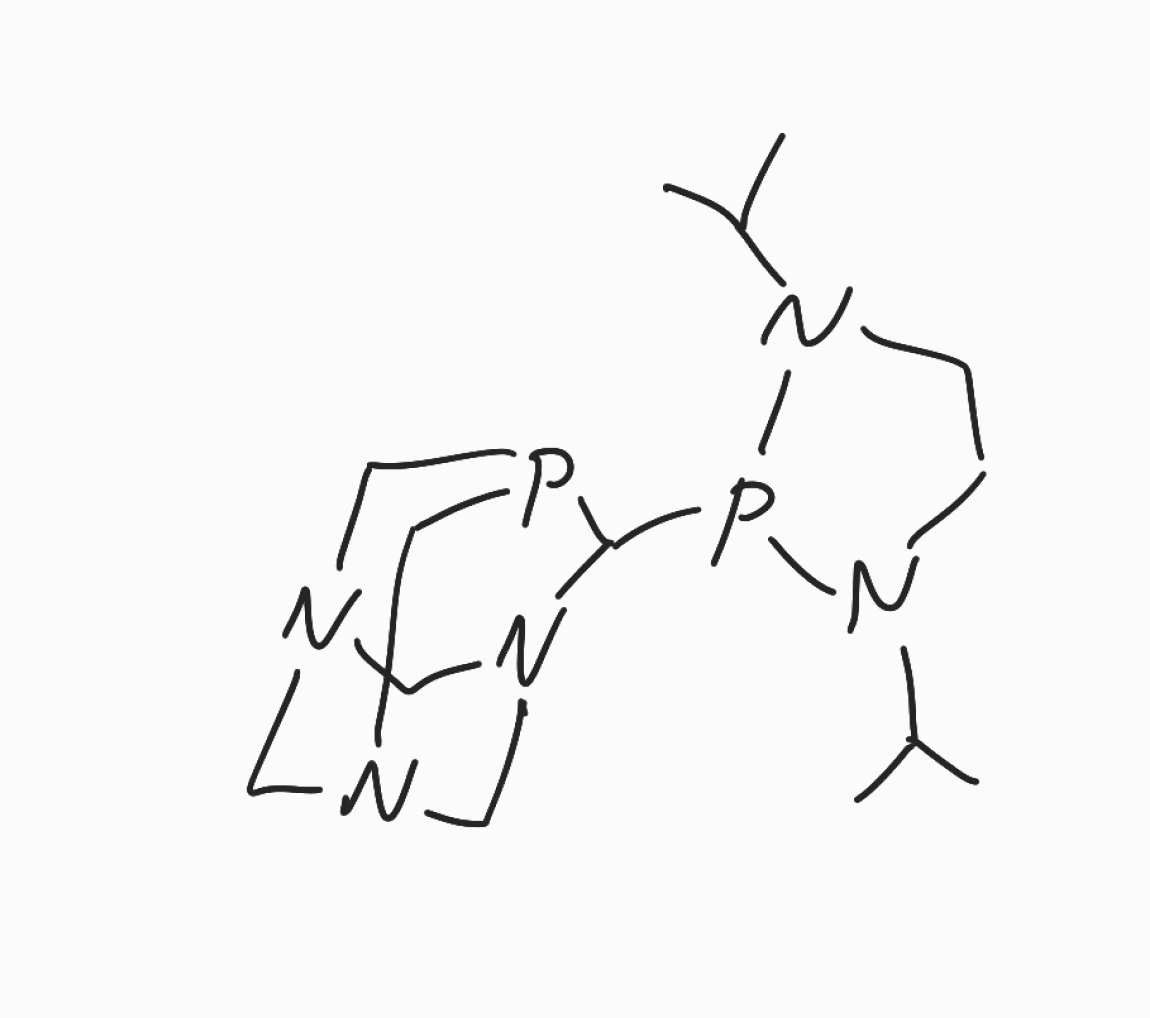
Simplified molecular-input line-entry system (SMILES) notation of the given molecule:
CC(C)N1CCN(P1C2N3CN4CN(C3)CP2C4)C(C)C